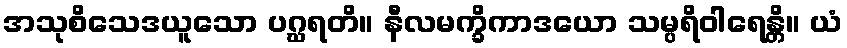
အသုစိသေဒယူသော ပဂ္ဃရတိ။ နီလမက္ခိကာဒယော သမ္ပရိဝါရေန္တိ။ ယံ